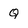
Character: Q